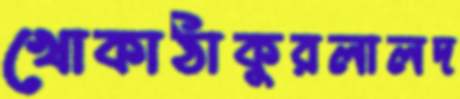
খোকাঠাকুরলালদ